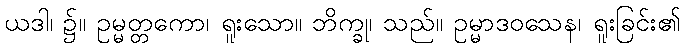
ယဒါ၊ ၌။ ဥမ္မတ္တကော၊ ရူးသော။ ဘိက္ခု၊ သည်။ ဥမ္မာဒဝသေန၊ ရူးခြင်း၏